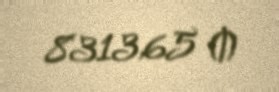
8313,65 ₼